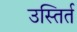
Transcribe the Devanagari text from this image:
उस्तिर्त